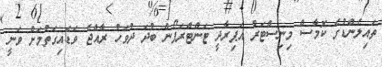
ތައިލެންޑުގެ ކޮމާސް މިނިސްޓަރު އަޕިރާދީ ޓަންޓްރަޕޯން ބުދަ ދުވަހު ރާއްޖެ ވަޑައިގަތުމަށް ވަނީ